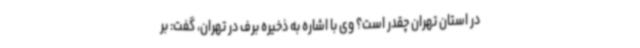
در استان تهران چقدر است؟ وی با اشاره به ذخیره برف در تهران، گفت: بر